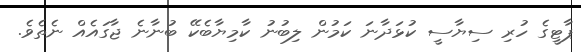
ޕާޓީގެ ހުރި ސިޔާސީ ކުޅަދާނަ ކަމުން ލިބުނު ކާމިޔާބެކޭ ބުނާނެ ޖާގައެއް ނެތެވެ.